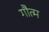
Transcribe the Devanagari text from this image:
गौत्म